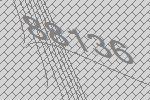
88136